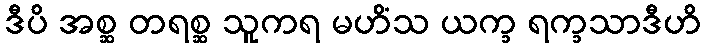
ဒီပိ အစ္ဆ တရစ္ဆ သူကရ မဟိံသ ယက္ခ ရက္ခသာဒီဟိ